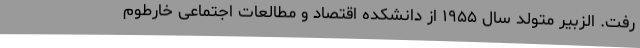
رفت. الزبیر متولد سال ۱۹۵۵ از دانشکده اقتصاد و مطالعات اجتماعی خارطوم